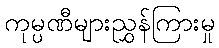
ကုမ္ပဏီများညွှန်ကြားမှု